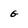
Character: g